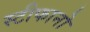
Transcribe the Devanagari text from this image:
स्टीफानो